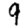
Digit: 9